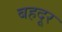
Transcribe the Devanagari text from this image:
बहदूर